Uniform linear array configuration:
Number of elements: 64
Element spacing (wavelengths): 0.25
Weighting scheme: binomial
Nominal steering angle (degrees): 0
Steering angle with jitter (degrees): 0.3119
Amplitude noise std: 0.05
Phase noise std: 0.05

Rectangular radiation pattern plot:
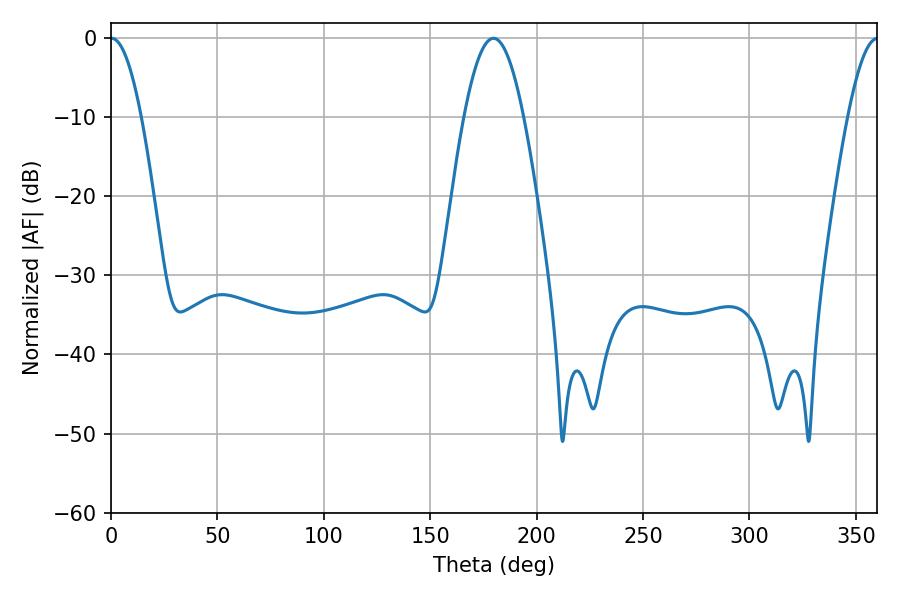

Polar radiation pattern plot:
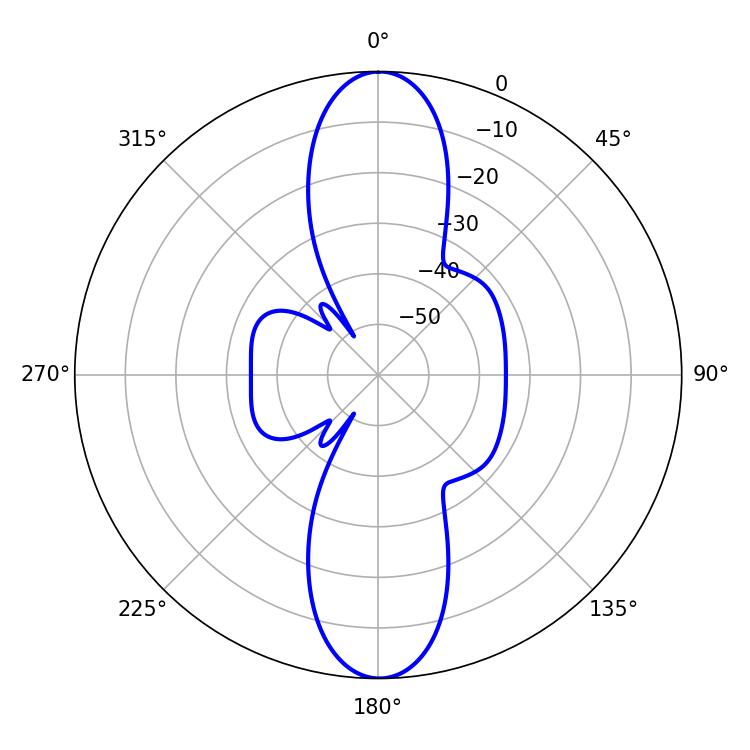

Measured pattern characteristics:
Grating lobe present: FALSE
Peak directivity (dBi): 29.274
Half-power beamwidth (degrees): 7.92
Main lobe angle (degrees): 0.36